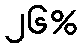
၂၆%